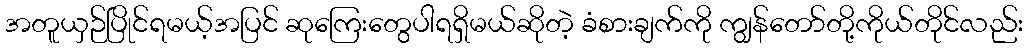
အတူယှဉ်ပြိုင်ရမယ့်အပြင် ဆုကြေးတွေပါရရှိမယ်ဆိုတဲ့ ခံစားချက်ကို ကျွန်တော်တို့ကိုယ်တိုင်လည်း